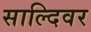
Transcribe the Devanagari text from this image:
साल्दिवर